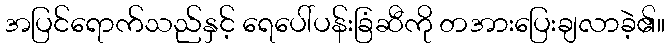
အပြင်ရောက်သည်နှင့် ရေပေါ်ပန်းခြံဆီကို တအားပြေးချလာခဲ့၏။